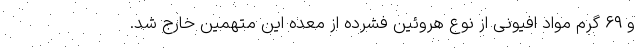
و ۶۹ گرم مواد افیونی از نوع هروئین فشرده از معده این متهمین خارج شد.